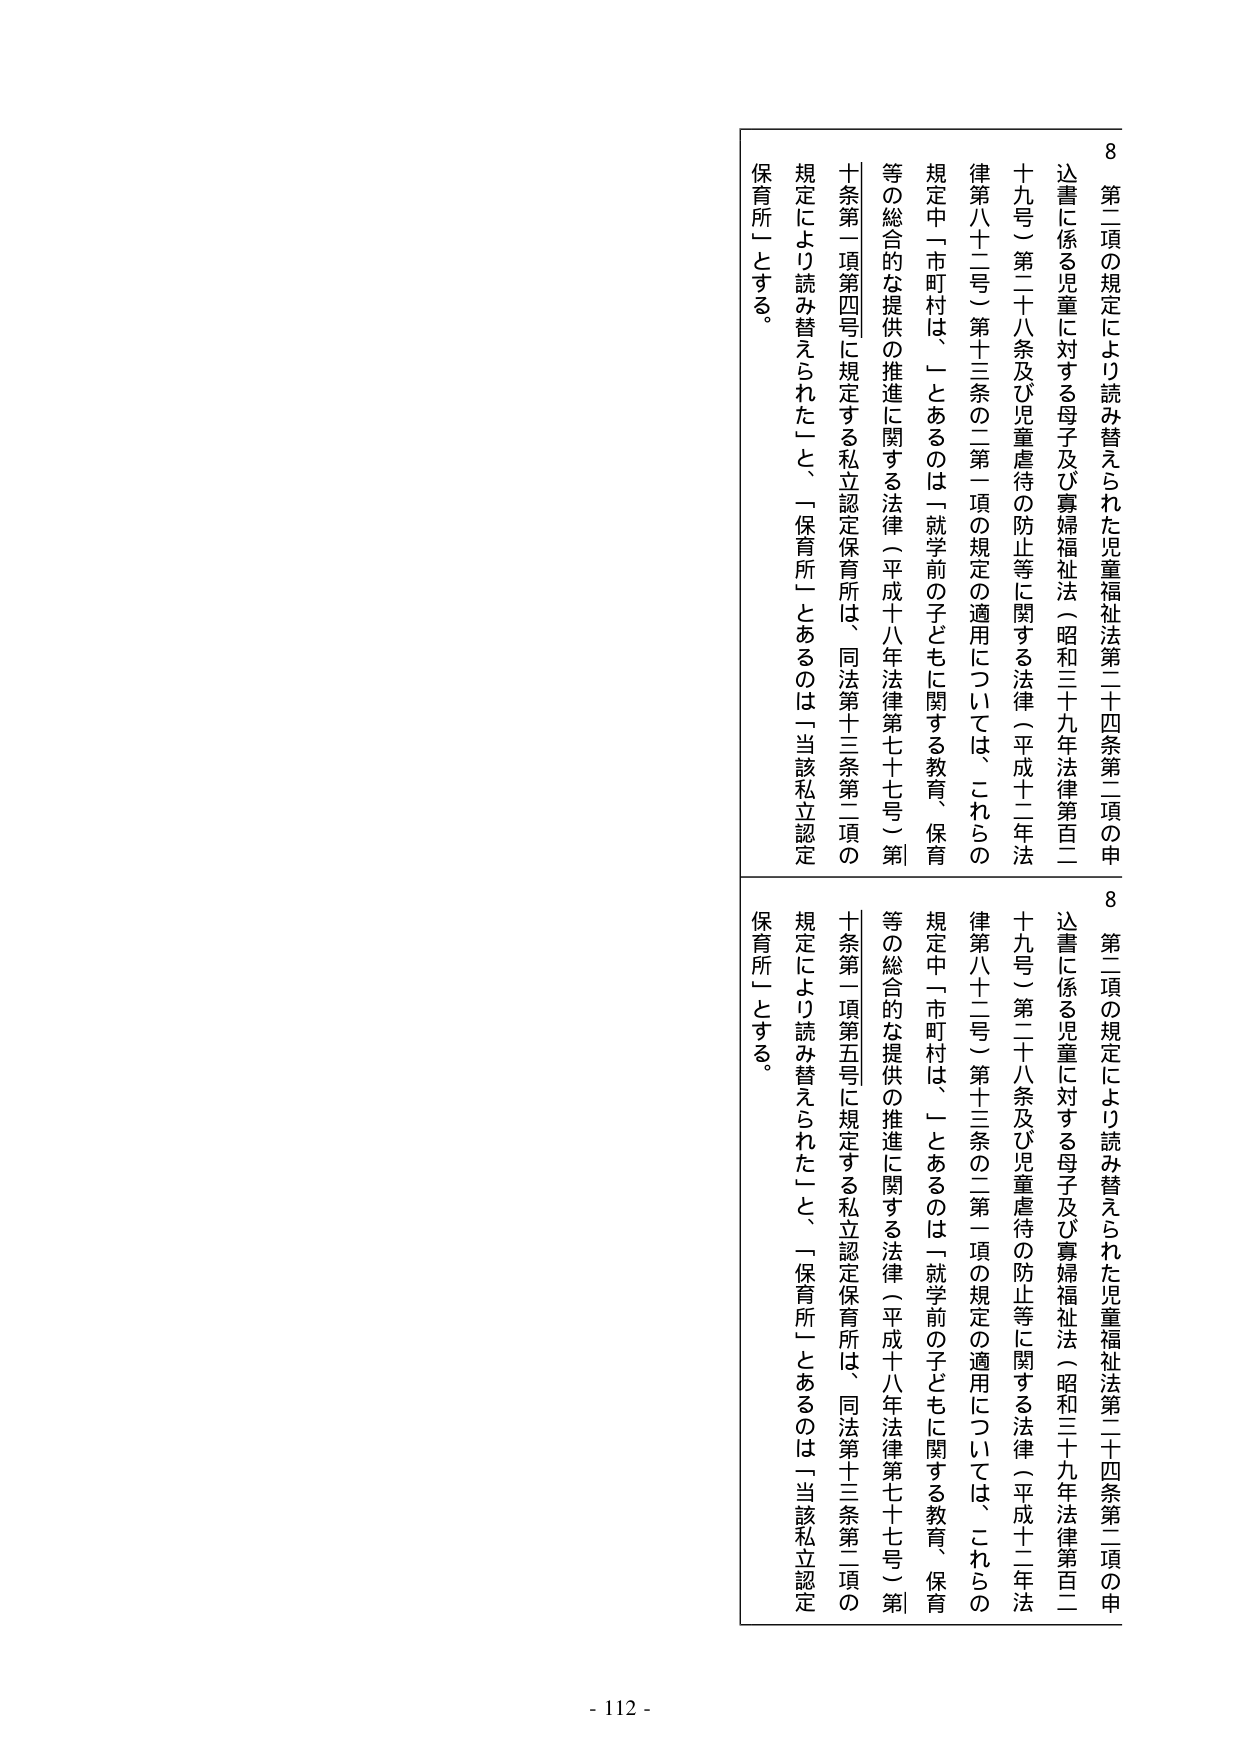
8 第二項の規定により読み替えられた児童福祉法第二十四条第二項の申込書に係る児童に対する母子及び寡婦福祉法（昭和三十九年法律第百二十九号）第二十八条及び児童虐待の防止等に関する法律（平成十二年法律第八十二号）第十三条の二第一項の規定の適用については、これらの規定中「市町村は、」とあるのは「就学前の子どもに関する教育、保育等の総合的な提供の推進に関する法律（平成十八年法律第七十七号）第十条第一項第四号に規定する私立認定保育所は、同法第十三条第二項の規定により読み替えられた」と、「保育所」とあるのは「当該私立認定保育所」とする。

8 第二項の規定により読み替えられた児童福祉法第二十四条第二項の申込書に係る児童に対する母子及び寡婦福祉法（昭和三十九年法律第百二十九号）第二十八条及び児童虐待の防止等に関する法律（平成十二年法律第八十二号）第十三条の二第一項の規定の適用については、これらの規定中「市町村は、」とあるのは「就学前の子どもに関する教育、保育等の総合的な提供の推進に関する法律（平成十八年法律第七十七号）第十条第一項第五号に規定する私立認定保育所は、同法第十三条第二項の規定により読み替えられた」と、「保育所」とあるのは「当該私立認定保育所」とする。

- 112 -